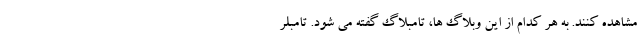
مشاهده کنند. به هر کدام از این وبلاگ ها، تامبلاگ گفته می شود. تامبلر